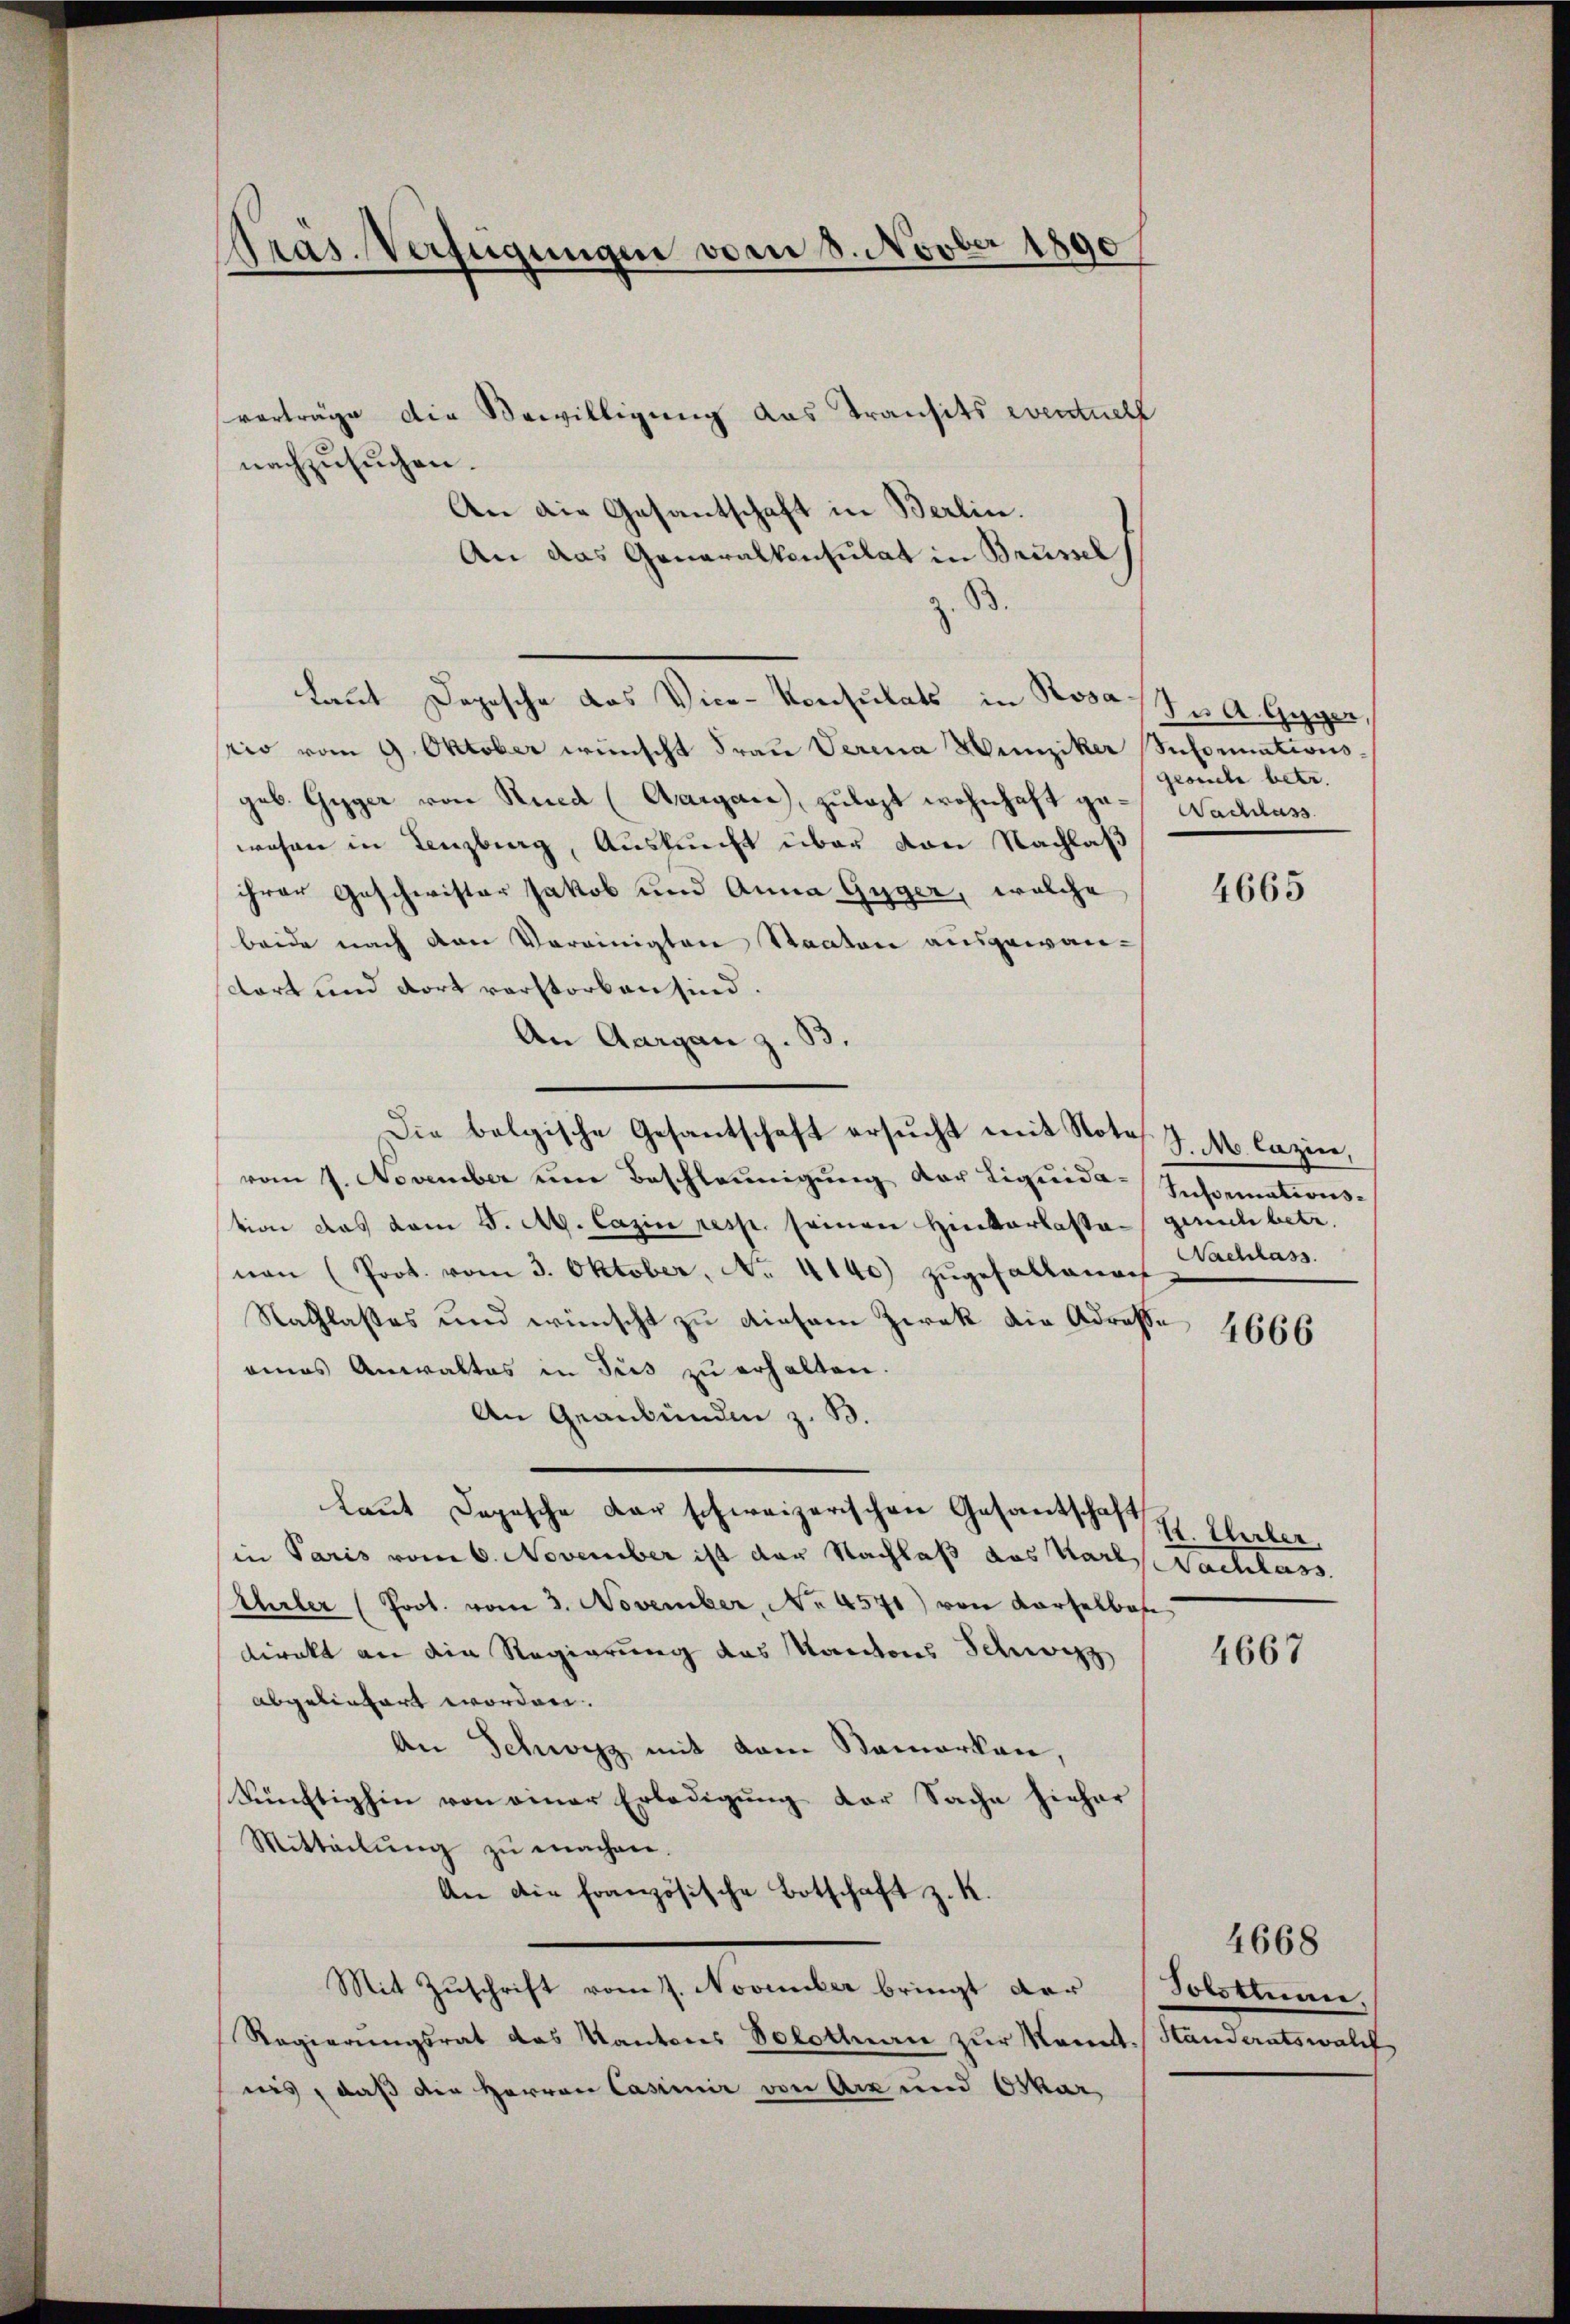
Präs. Verfügungen vom 8. Novber 1890

An die Gesantschaft in Berlin.
An das Generalkonsulat in Brüssel
B.
Laut Depesche das Vice-Konsulats in Posast u. A. Gegen,
rio vom 9. Oktober wünscht Frau Verena Hunziker Seformationsgeb. Gyger von Ried (Aargau, zŭlast wohnhaft ge-Wachlass
wehen in Lenzburg, Auskunft über von Nachlaß
ihrer Geschwister Jakob und Anna Gyger, welche
beide nach von Vereinigten Staaten ausgewandort und dort verstorben sind.
An Aargau z. B.
vom 7. November um Beschleunigung der Liquida-Sisemationstion das vom 5. A. Cazin resp. seinen Hinterlasse gerich betr.
nan (Prot. vom 3. Oktober, No. 4140) zugefallena
Nachlasses und wünscht zu diesem Zwek die Adresse
eines Anwaltes in Jus zu erhalten.
An Graubünden z. B.
Laut Depesche der schweizerischen Gesantschaft
in Paris vom 6. November ist der Nachlaß das Karls Nachlass
Ehler (Prot. vom 3. November, No 4571) von Kartelbah
direkt an die Regierung des Kantons Schwyz
abgelingert worden.
An Schwyz mit dem Bemerken,
Künftighin von einer Erledigung der Sache hieher
Mitteilŭng zŭ machen.
An die französische Botschaft z. K.
Mit Zuschrift vom 7. November bringt der
Regierungsrat das Kantons Solothurn zur Kant. Standeratswalch
nis, daß die Herren Casimir von Arz und Oskar

nachzusuchen.

vorträge die Bewilligung das Transits eventuell

Die belgische Gesantschaft ersucht mit Note

grouche betr.

4665

J.M. Cazin,
Nachlass

4666

1. Ueber.

4667

Solothurn

4668